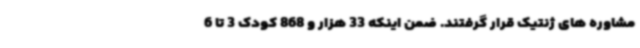
مشاوره های ژنتیک قرار گرفتند. ضمن اینکه 33 هزار و 868 کودک 3 تا 6